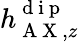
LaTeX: h_{\mathrm{~A~X~},z}^{\mathrm{~d~i~p~}}